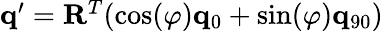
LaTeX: \begin{array}{r}{\mathbf{q}^{\prime}=\mathbf{R}^{T}(\cos(\varphi)\mathbf{q}_{0}+\sin(\varphi)\mathbf{q}_{90})}\end{array}